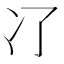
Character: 𠖭